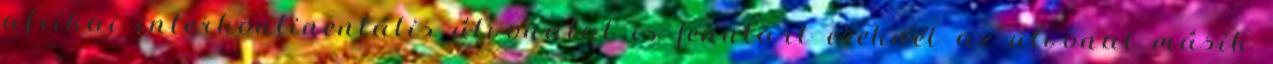
afrikai interkontinentális útvonalat is fenntart ezeknél az útvonal másik